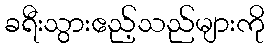
ခရီးသွားဧည့်သည်များကို